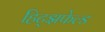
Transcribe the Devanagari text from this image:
हिट्झफेल्ड